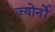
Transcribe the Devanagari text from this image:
ज्योर्नो